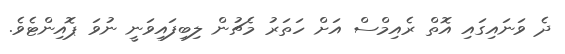
ދެ ވަނައިގައި އޮތް ރެއިމްސް އަށް ހަތަރު މެޗުން ލިބިފައިވަނީ ނުވަ ޕޮއިންޓެވެ.